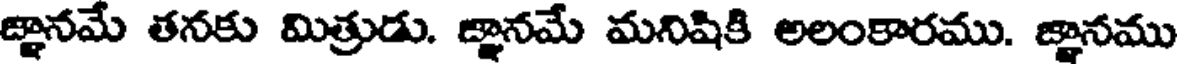
జ్ఞానమే తనకు మిత్రుడు. జ్ఞానమే మనిషికి అలంకారము. జ్ఞానము